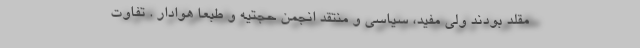
مقلد بودند ولی مفید، سیاسی و منتقد انجمن حجتیه و طبعاً هوادار . تفاوت